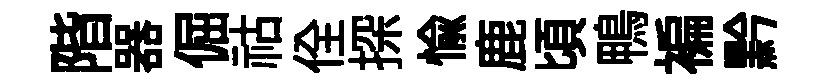
階器倔祜佺探愉鹿頃鴨褊黔